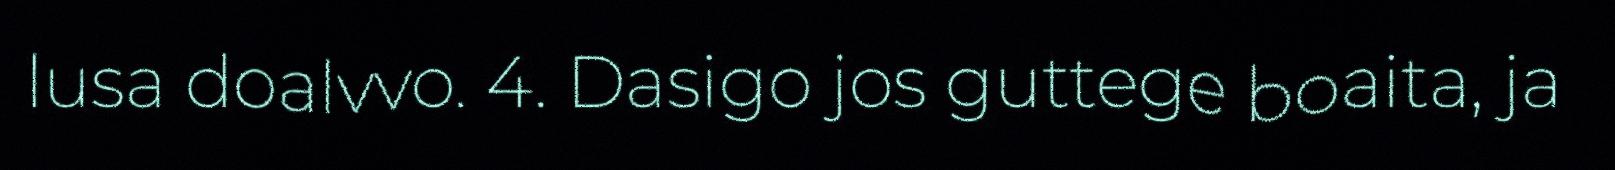
lusa doalvvo. 4. Dasigo jos guttege boaita, ja